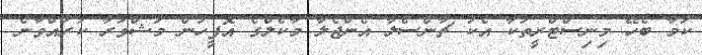
ކަމާ ބެހޭ މިނިސްޓްރީތަކާ އެކު ޗާންސެލާ އެންޖެލާ މާކެލްގެ އޮފީހުން މަޝްވަރާ ކުރައްވާނެ